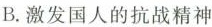
B.激发国人的抗战精神